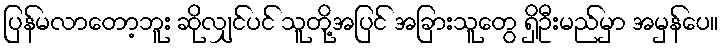
ပြန်မလာတော့ဘူး ဆိုလျှင်ပင် သူတို့အပြင် အခြားသူတွေ ရှိဦးမည်မှာ အမှန်ပေ။